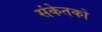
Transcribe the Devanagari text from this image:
संकेतको